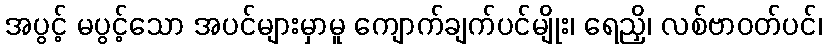
အပွင့် မပွင့်သော အပင်များမှာမူ ကျောက်ချက်ပင်မျိုး၊ ရေညှိ၊ လစ်ဗာဝတ်ပင်၊